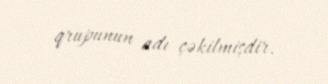
qrupunun adı çəkilmişdir.